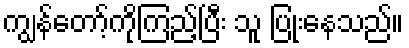
ကျွန်တော့်ကိုကြည့်ပြီး သူ ပြုံးနေသည်။